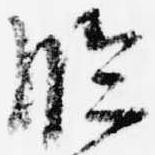
臨